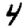
Digit: 4